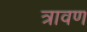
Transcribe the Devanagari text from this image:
त्रावण